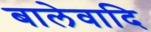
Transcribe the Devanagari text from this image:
बालेवादि